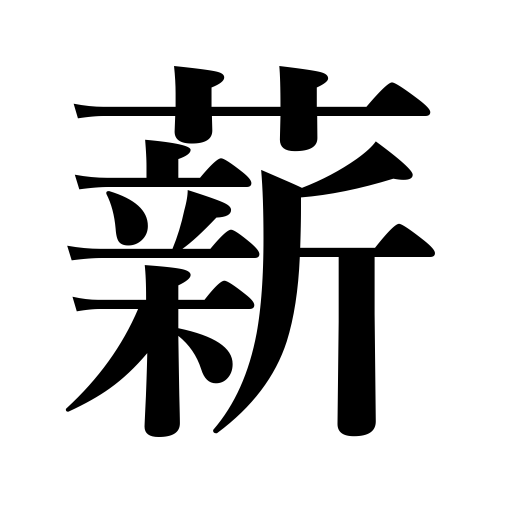
Meanings: firewood,fuel,kindling